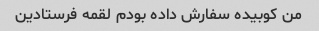
من کوبیده سفارش داده بودم لقمه فرستادین